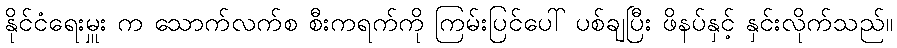
နိုင်ငံရေးမှူး က သောက်လက်စ စီးကရက်ကို ကြမ်းပြင်ပေါ် ပစ်ချပြီး ဖိနပ်နှင့် နှင်းလိုက်သည်။